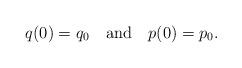
LaTeX: \begin{align*}q(0) = q_0 \quad {\rm and}\quad p(0) = p_0.\end{align*}